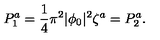
P _ { 1 } ^ { a } = { \frac { 1 } { 4 } } \pi ^ { 2 } | \phi _ { 0 } | ^ { 2 } \zeta ^ { a } = P _ { 2 } ^ { a } .